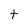
Character: t